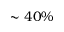
\sim 4 0 \%